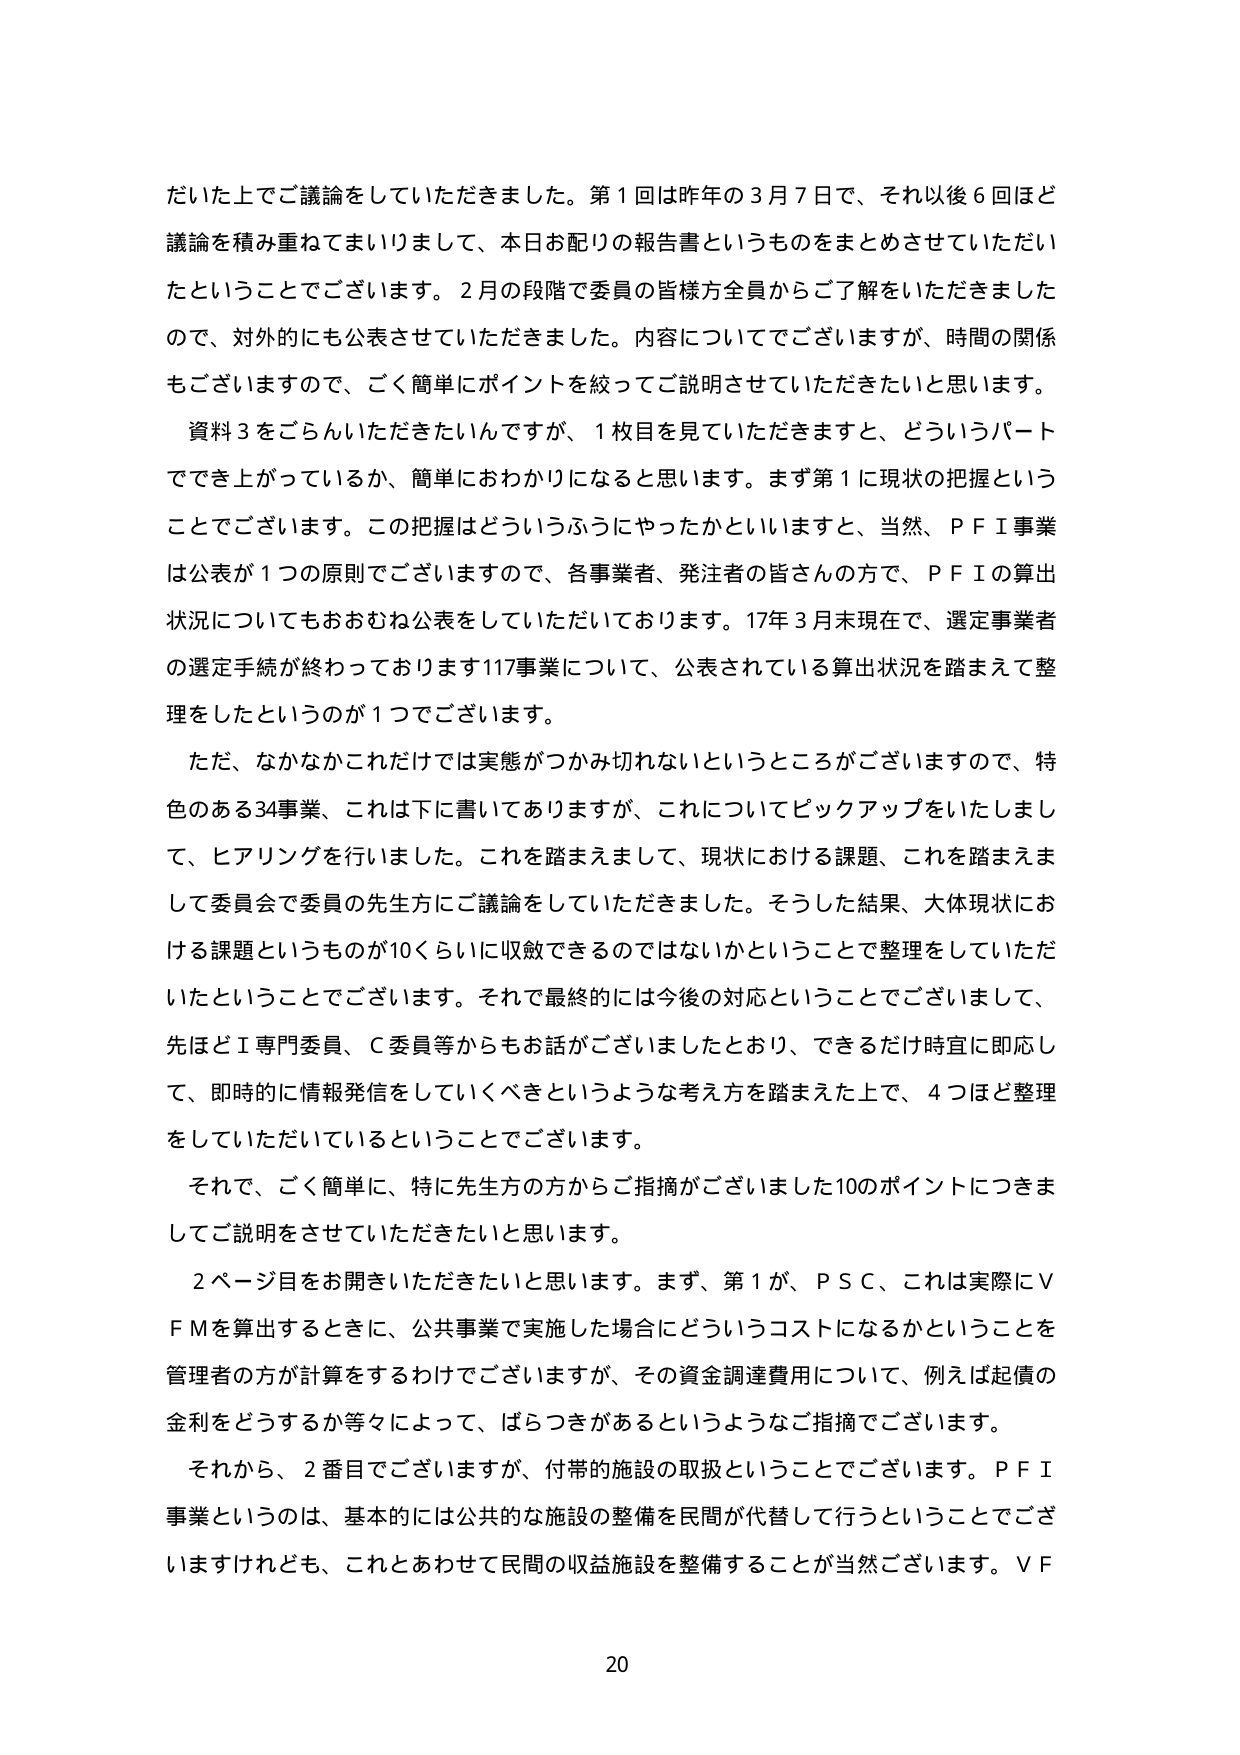
だいた上でご議論をしていただきました。第１回は昨年の３月７日で、それ以後６回ほど
議論を積み重ねてまいりまして、本日お配りの報告書というものをまとめさせていただい
たということでございます。２月の段階で委員の皆様方全員からご了解をいただきました
ので、対外的にも公表させていただきました。内容についてでございますが、時間の関係
もございますので、ごく簡単にポイントを絞ってご説明させていただきたいと思います。
資料３をごらんいただきたいんですが、１枚目を見ていただきますと、どういうパート
ででき上がっているか、簡単にわかりになると思います。まず第１に現状の把握という
ことでございます。この把握はどういうふうにやったかといいますと、当然、ＰＦＩ事業
は公表が１つの原則でございますので、各事業者、発注者の皆さんの方で、ＰＦＩの算出
状況についてもおおむね公表をしていただいております。17年３月末現在で、選定事業者
の選定手続が終わっております117事業について、公表されている算出状況を踏まえて整
理をしたというのが１つでございます。
ただ、なかなかこれだけでは実態がつかみ切れないというところがございますので、特
色のある34事業、これは下に書いてありますが、これについてピックアップをいたしまし
て、ヒアリングを行いました。これを踏まえまして、現状における課題、これを踏まえま
して委員会で委員の先生方にご議論をしていただきました。そうした結果、大体現状にお
ける課題というものが10くらいに収斂できるのではないかということで整理をしていただ
いたということでございます。それで最終的には今後の対応ということでございまして、
先ほどＩ専門委員、Ｃ委員等からもお話がございましたとおり、できるだけ時宜に即応し
て、即時に情報発信をしていくべきというような考え方を踏まえた上で、４つほど整理
をしていただいているということでございます。
それで、ごく簡単に、特に先生方の方からご指摘がございました10のポイントにつきま
してご説明をさせていただきたいと思います。
２ページ目をお開きいただきたいと思います。まず、第１が、ＰＳＣ、これは実際にＶ
ＦＭを算出するときに、公共事業で実施した場合にどういうコストになるかということを
管理者の方が計算をするわけでございますが、その資金調達費用について、例えば起債の
金利をどうするか等々によって、ばらつきがあるというようなご指摘でございます。
それから、２番目でございますが、付帯的施設の取扱ということでございます。ＰＦＩ
事業というのは、基本的には公共的な施設の整備を民間が代替して行うということでござ
いますけれども、これとあわせて民間の収益施設を整備することが当然ございます。ＶＦ
20